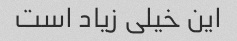
این خیلی زیاد است